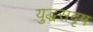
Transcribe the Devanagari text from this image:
युद्धसदृष